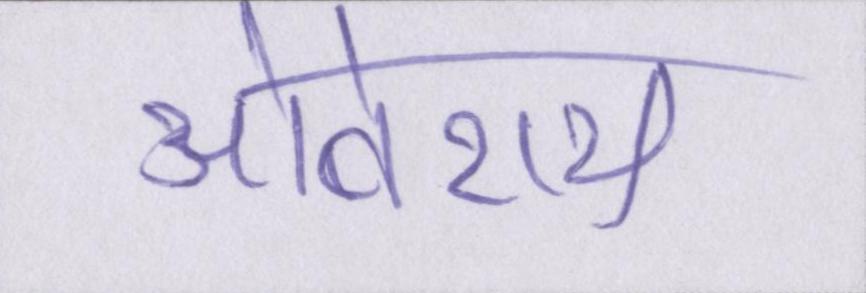
ओबेराय